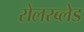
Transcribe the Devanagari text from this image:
रोलरब्लेड